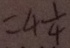
= 4 \frac { 1 } { 4 }